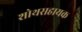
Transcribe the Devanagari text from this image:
शोथसहायक